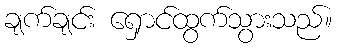
ချက်ချင်း ရှောင်ထွက်သွားသည်။